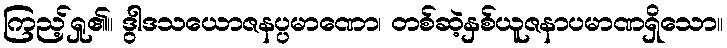
ကြည့်ရှု၏။ ဒွါဒသယောဇနပ္ပမာဏော၊ တစ်ဆဲ့နှစ်ယူဇနာပမာဏရှိသော။